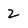
Character: 2